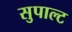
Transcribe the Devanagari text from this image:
सुपाल्ट